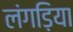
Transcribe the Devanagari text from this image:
लंगड़िया